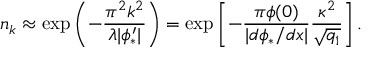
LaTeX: n _ { k } \approx \exp \left( - \frac { \pi ^ { 2 } k ^ { 2 } } { \lambda | \phi _ { * } ^ { \prime } | } \right) = \exp \left[ - \frac { \pi \phi ( 0 ) } { | d \phi _ { * } / d x | } \frac { \kappa ^ { 2 } } { \sqrt { q _ { 1 } } } \right] .